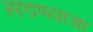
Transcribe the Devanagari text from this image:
सडण्याचा